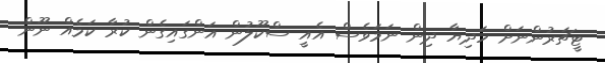
ޓީޗަރުންނަށް ހަދިޔާ ދިން ނަމަވެސް އެއީ ސްކޫލުން އަންގައިގެން ކުރާ ކަމެއް ނޫން